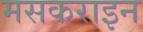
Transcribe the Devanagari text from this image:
मसकराइन